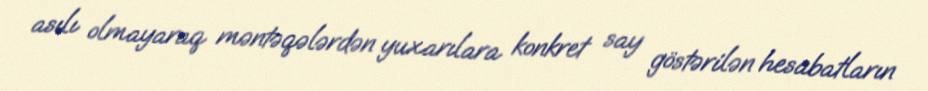
asılı olmayaraq məntəqələrdən yuxarılara konkret say göstərilən hesabatların